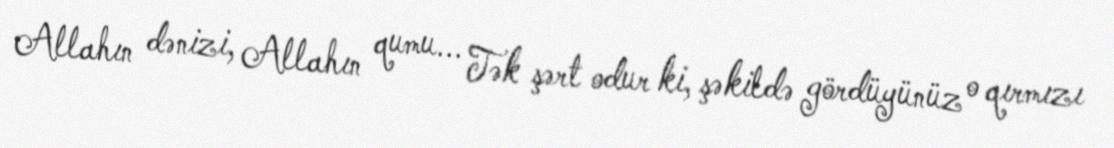
Allahın dənizi, Allahın qumu... Tək şərt odur ki, şəkildə gördüyünüz o qırmızı